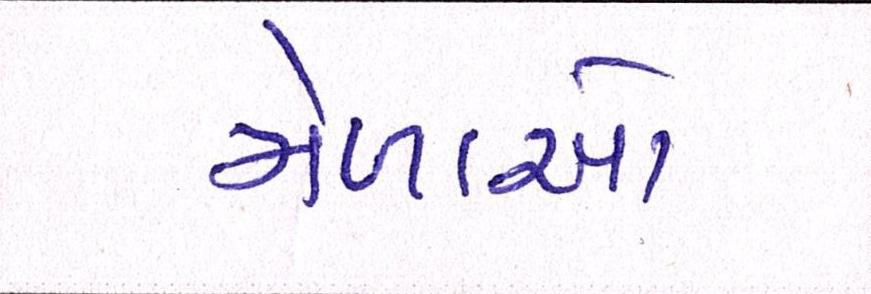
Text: મેળાઓ